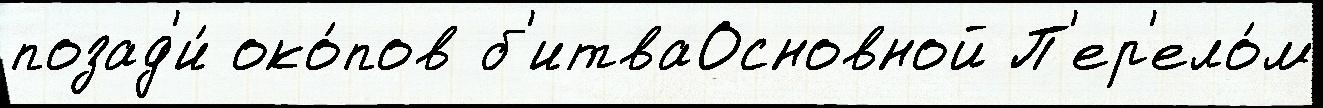
позад'и́ око́пов б'итваОсновной П'ер'ело́м